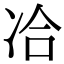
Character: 冾